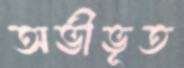
অভীভূত